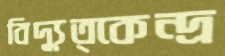
বিদ্যুত্কেন্দ্র